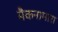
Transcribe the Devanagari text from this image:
मैकनामारा